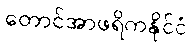
တောင်အာဖရိကနိုင်ငံ